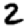
Digit: 2